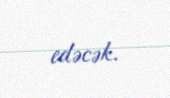
edəcək.